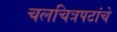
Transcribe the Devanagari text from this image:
चलचित्रपटांचे